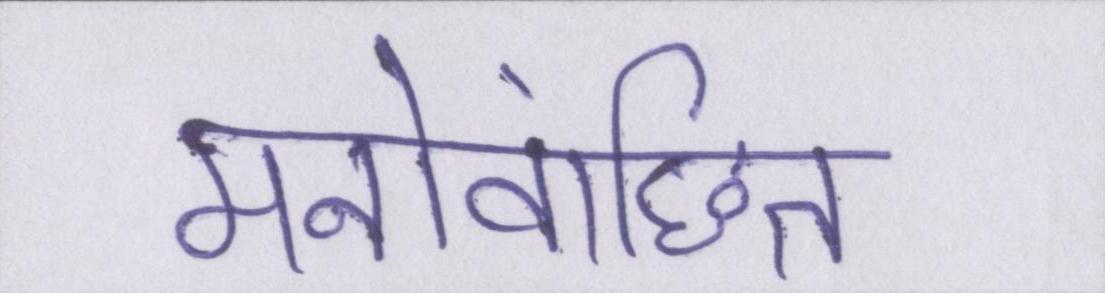
मनोवांछित